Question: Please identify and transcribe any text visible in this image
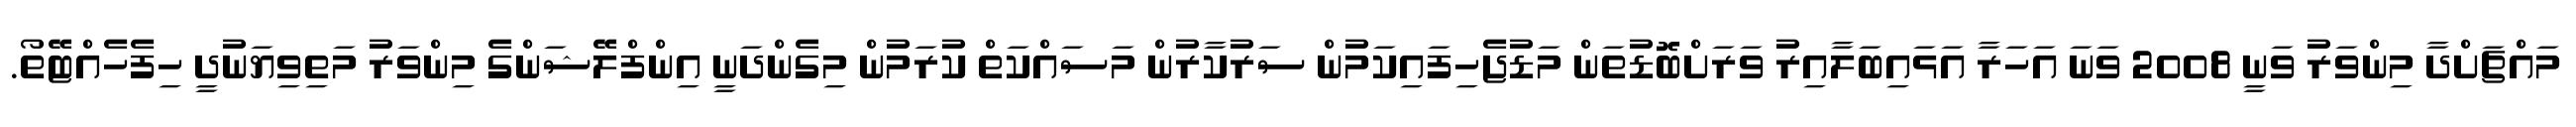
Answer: މައްޗަށްދާ މިންވަރު ވަނީ 2008 ވަނަ އަހަރާ އަޅައިބަލާއިރު ވަރަށްބޮޑުތަން މަޑުޖެހިފައިކަމުން ސަރުކާރުން މަސައްކަތް ކުރަމުން މިގެންދަނީ އިންފްލޭޝަންގެ މިންވަރު މަތިވިޔަނުދީ ހިފެހެއްޓޭތޯ.